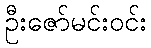
ဦးဇော်မင်းဝင်း